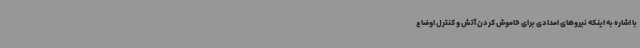
با اشاره به اینکه نیروهای امدادی برای خاموش کردن آتش و کنترل اوضاع